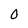
Character: 0